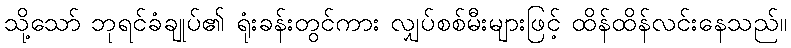
သို့သော် ဘုရင်ခံချုပ်၏ ရုံးခန်းတွင်ကား လျှပ်စစ်မီးများဖြင့် ထိန်ထိန်လင်းနေသည်။